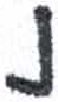
אות: נ